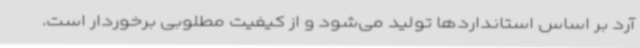
آرد بر اساس استانداردها تولید می‌شود و از کیفیت مطلوبی برخوردار است.